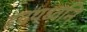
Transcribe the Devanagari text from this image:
हृदयध्वनि